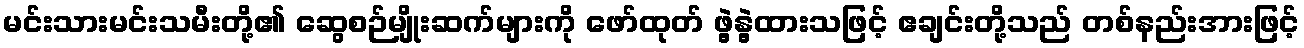
မင်းသားမင်းသမီးတို့၏ ဆွေစဉ်မျိုးဆက်များကို ဖော်ထုတ် ဖွဲ့နွဲ့ထားသဖြင့် ဧချင်းတို့သည် တစ်နည်းအားဖြင့်